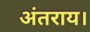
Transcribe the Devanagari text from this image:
अंतराय।